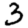
Digit: 3